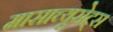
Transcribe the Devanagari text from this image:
मासाच्यूसेट्स